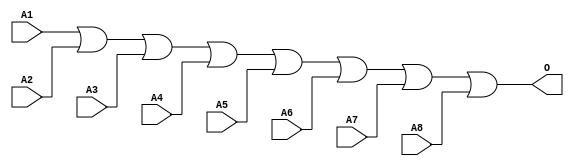
module JOR8B(A1, A2, A3, A4, A5, A6, A7, A8, O);
input   A1;
input   A2;
input   A3;
input   A4;
input   A5;
input   A6;
input   A7;
input   A8;
output  O;
or g0(O, A1, A2, A3, A4, A5, A6, A7, A8);
endmodule